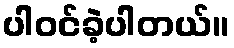
ပါဝင်ခဲ့ပါတယ်။